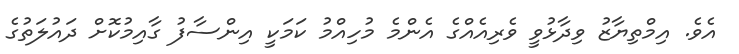
އެވެ. އިމްތިޔާޒު ވިދާޅުވީ ވެރިއެއްގެ އެންމެ މުހިއްމު ކަމަކީ އިންސާފު ގާއިމުކޮށް ދައުލަތުގެ